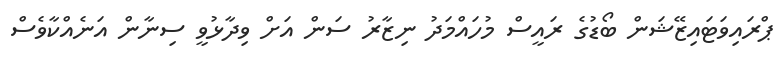
ޕްރައިވަޓައިޒޭޝަން ބޯޑުގެ ރައީސް މުހައްމަދު ނިޒާރު ސަން އަށް ވިދާޅުވީ ސިނާން އަނެއްކާވެސް